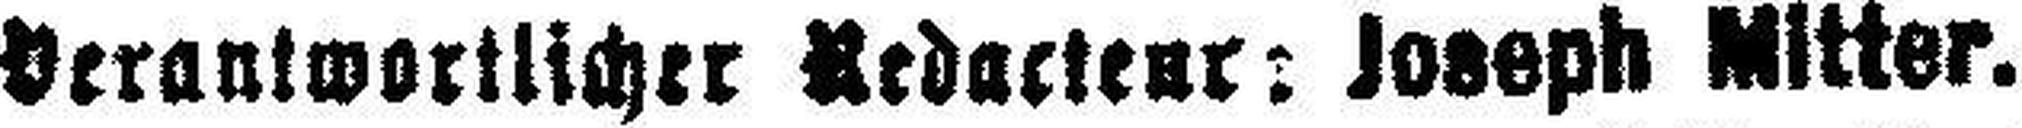
Verantwortlicher Redacteur: Joseph Mitter.